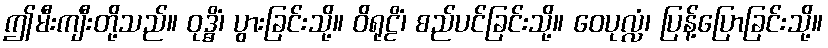
ဤမီးကျီးတို့သည်။ ဝုဒ္ဓိံ၊ ပွားခြင်းသို့။ ဝိရုဠိံ၊ စည်ပင်ခြင်းသို့။ ဝေပုလ္လံ၊ ပြန့်ပြောခြင်းသို့။